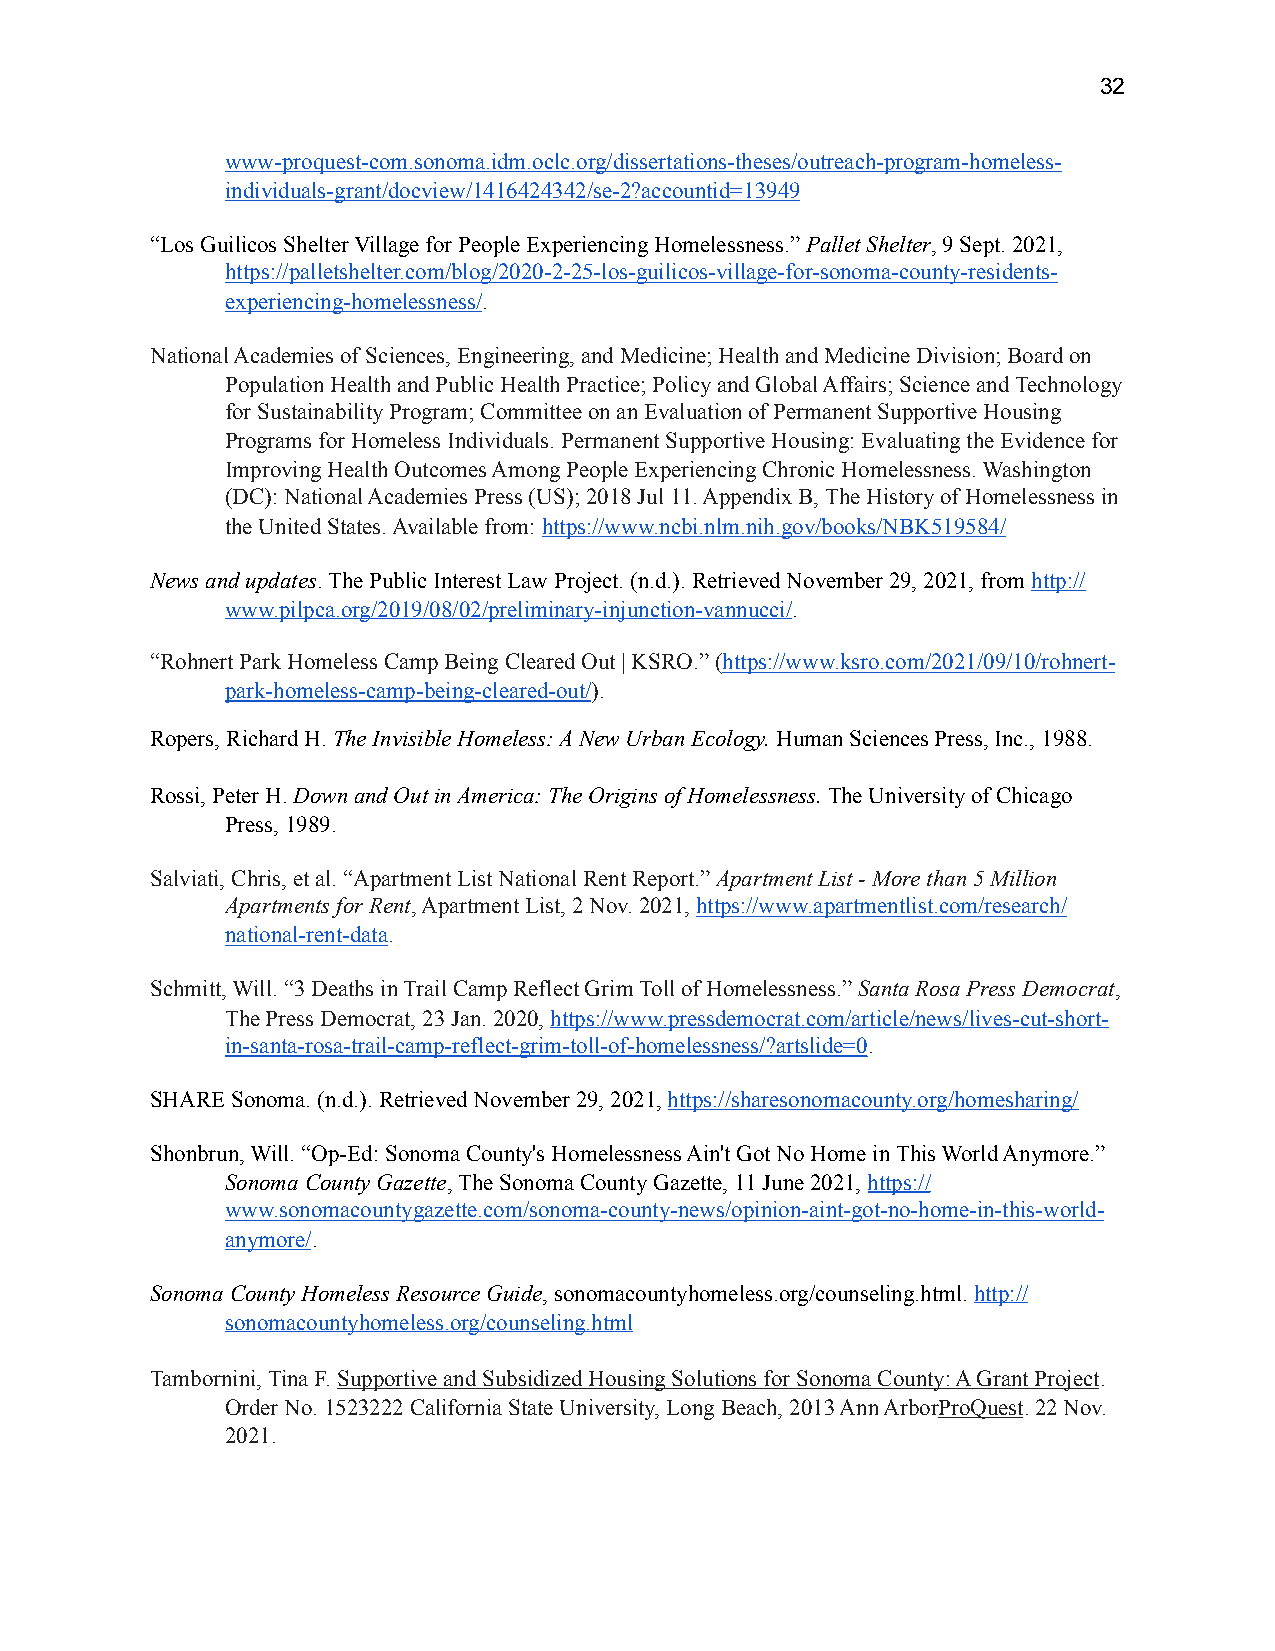
!32
 www-proquest-com.sonoma.idm.oclc.org/dissertations-theses/outreach-program-homeless-
 individuals-grant/docview/1416424342/se-2?accountid=13949
 “Los Guilicos Shelter Village for People Experiencing Homelessness.” Pallet Shelter, 9 Sept. 2021,
 https://palletshelter.com/blog/2020-2-25-los-guilicos-village-for-sonoma-county-residents-
 experiencing-homelessness/.
 National Academies of Sciences, Engineering, and Medicine; Health and Medicine Division; Board on
 Population Health and Public Health Practice; Policy and Global Affairs; Science and Technology
 for Sustainability Program; Committee on an Evaluation of Permanent Supportive Housing
 Programs for Homeless Individuals. Permanent Supportive Housing: Evaluating the Evidence for
 Improving Health Outcomes Among People Experiencing Chronic Homelessness. Washington
 (DC): National Academies Press (US); 2018 Jul 11. Appendix B, The History of Homelessness in
 the United States. Available from: https://www.ncbi.nlm.nih.gov/books/NBK519584/
 News and updates. The Public Interest Law Project. (n.d.). Retrieved November 29, 2021, from http://
 www.pilpca.org/2019/08/02/preliminary-injunction-vannucci/.
 “Rohnert Park Homeless Camp Being Cleared Out | KSRO.” (https://www.ksro.com/2021/09/10/rohnert-
 park-homeless-camp-being-cleared-out/).
 Ropers, Richard H. The Invisible Homeless: A New Urban Ecology. Human Sciences Press, Inc., 1988.
 Rossi, Peter H. Down and Out in America: The Origins of Homelessness. The University of Chicago
 Press, 1989.
 Salviati, Chris, et al. “Apartment List National Rent Report.” Apartment List - More than 5 Million
 Apartments for Rent, Apartment List, 2 Nov. 2021, https://www.apartmentlist.com/research/
 national-rent-data.
 Schmitt, Will. “3 Deaths in Trail Camp Reflect Grim Toll of Homelessness.” Santa Rosa Press Democrat,
 The Press Democrat, 23 Jan. 2020, https://www.pressdemocrat.com/article/news/lives-cut-short-
 in-santa-rosa-trail-camp-reflect-grim-toll-of-homelessness/?artslide=0.
 SHARE Sonoma. (n.d.). Retrieved November 29, 2021, https://sharesonomacounty.org/homesharing/
 Shonbrun, Will. “Op-Ed: Sonoma County's Homelessness Ain't Got No Home in This World Anymore.”
 Sonoma County Gazette, The Sonoma County Gazette, 11 June 2021, https://
 www.sonomacountygazette.com/sonoma-county-news/opinion-aint-got-no-home-in-this-world-
 anymore/.
 Sonoma County Homeless Resource Guide, sonomacountyhomeless.org/counseling.html. http://
 sonomacountyhomeless.org/counseling.html
 Tambornini, Tina F. Supportive and Subsidized Housing Solutions for Sonoma County: A Grant Project.
 Order No. 1523222 California State University, Long Beach, 2013 Ann ArborProQuest. 22 Nov.
 2021.